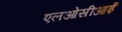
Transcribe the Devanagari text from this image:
एलओसीआई